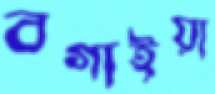
বগাইয়া